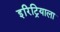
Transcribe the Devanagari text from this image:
इरिट्रियाला